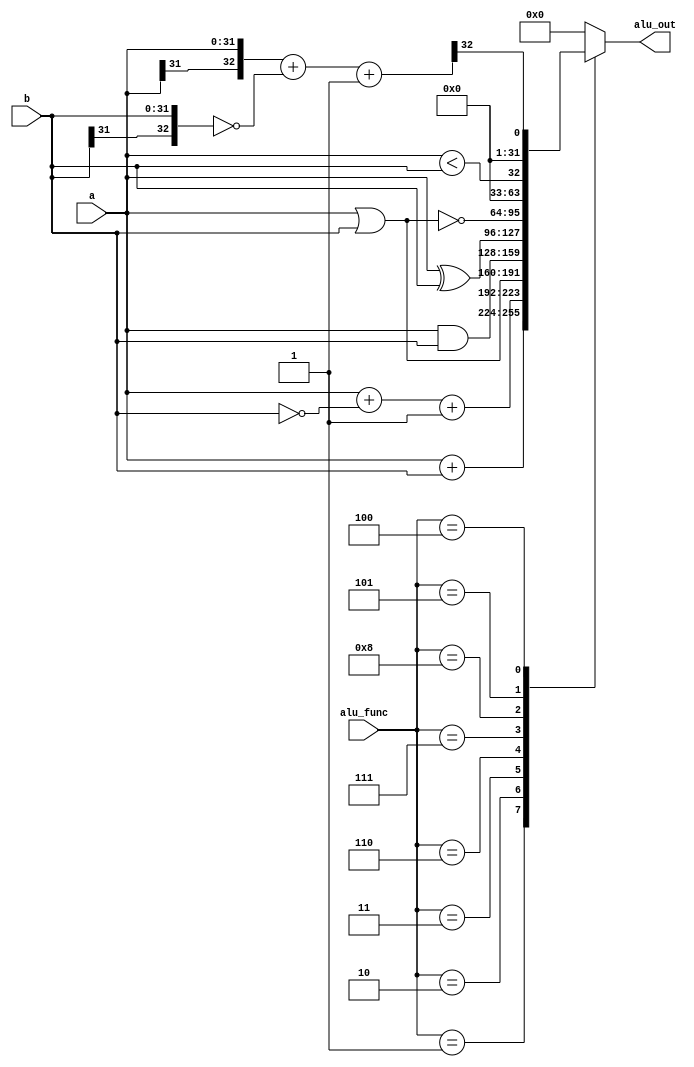
module alu (input [31:0] a,b,
		     output reg [31:0] alu_out,
		     input [3:0]	alu_func);

parameter   [3:0] alu_nop		 	   =4'b0000,
			      alu_add     		   =4'b0001,
				alu_sub  		   =4'b0010,
			      alu_less_than_unsigned =4'b0101, //Jul.5.2004
				alu_less_than_signed     =4'b0100, //Jul.5.2004
				alu_OR  		   =4'b0011,
			      alu_AND 	   =4'b0110,
				alu_XOR 	   =4'b0111,
				alu_NOR 	   =4'b1000;
  
        reg [32:0] sum;

        always @* begin //
                case (alu_func)
                        alu_nop       : alu_out=32'h0000;
                        alu_add        : alu_out=a+b;
                        alu_sub        : alu_out=a+~b+1'b1;//a-b;
                        alu_OR         : alu_out=a | b;
                        alu_AND        : alu_out=a & b;
                        alu_XOR        : alu_out=a ^ b;
                        alu_NOR        : alu_out=~(a | b);
                        alu_less_than_unsigned : alu_out=a < b;//Jun.29.2004
                        alu_less_than_signed: begin 
                                                 sum={a[31],a}+~{b[31],b}+1'b1;//a-b                                                                      $signed(a) > $signed(b);
                                                 alu_out={31'h0000_0000,sum[32]}; 
                                               end                      
                        default : alu_out=32'h0000_0000;


                endcase
        end
endmodule